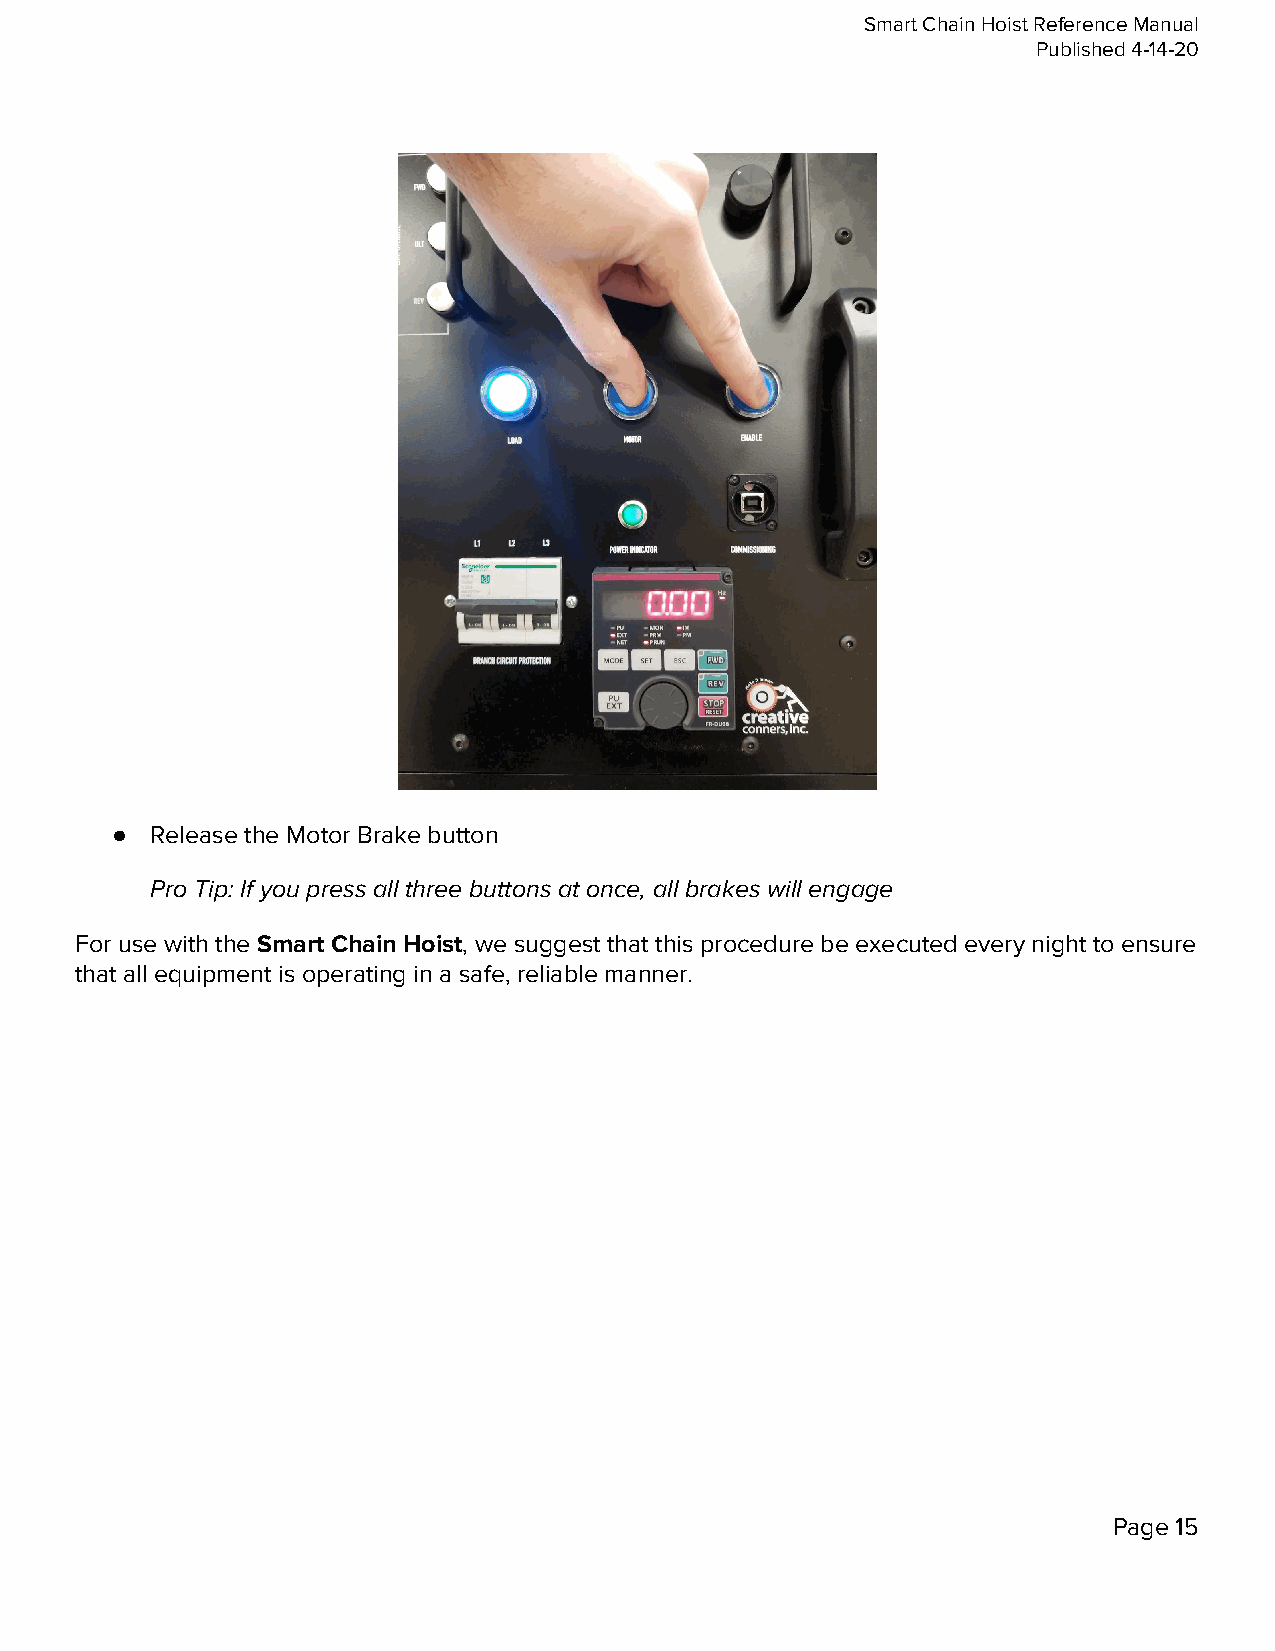
Smart Chain Hoist Reference Manual
 Published 4-14-20
 ●  Release the Motor Brake button
 Pro Tip: If you press all three buttons at once, all brakes will engage
 For use with the Smart Chain Hoist, we suggest that this procedure be executed every night to ensure
 ​             ​
 that all equipment is operating in a safe, reliable manner.
 Page 15